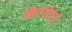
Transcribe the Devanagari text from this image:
स्केटबोर्डर्स